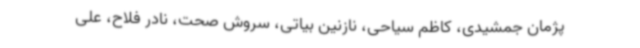
پژمان جمشیدی، کاظم سیاحی، نازنین بیاتی، سروش صحت، نادر فلاح، علی